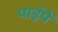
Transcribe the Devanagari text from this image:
पाईपें